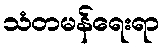
သံတမန်ရေးရာ